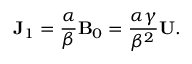
{ \bf { J } } _ { 1 } = \frac { \alpha } { \beta } { \bf { B } } _ { 0 } = \frac { \alpha \gamma } { \beta ^ { 2 } } { \bf { U } } .